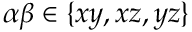
\alpha \beta \in \{ x y , x z , y z \}